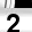
Digit: 2